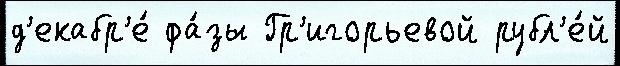
д'екабр'е́ фа́зы Гр'игорьевой рубл'е́й